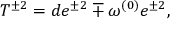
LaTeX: T ^ { \pm 2 } = d e ^ { \pm 2 } \mp \omega ^ { ( 0 ) } e ^ { \pm 2 } ,